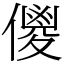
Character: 儍